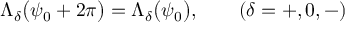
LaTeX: \Lambda _ { \delta } \bigl ( \psi _ { 0 } + 2 \pi \bigr ) = \Lambda _ { \delta } \bigl ( \psi _ { 0 } \bigr ) , \qquad ( \delta = + , 0 , - )